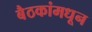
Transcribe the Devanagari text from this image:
बैठकांमधून